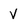
Character: V